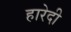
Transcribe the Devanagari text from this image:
हारेदी